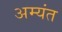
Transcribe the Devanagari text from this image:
अम्यंत